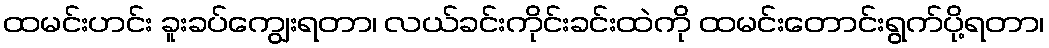
ထမင်းဟင်း ခူးခပ်ကျွေးရတာ၊ လယ်ခင်းကိုင်းခင်းထဲကို ထမင်းတောင်းရွက်ပို့ရတာ၊